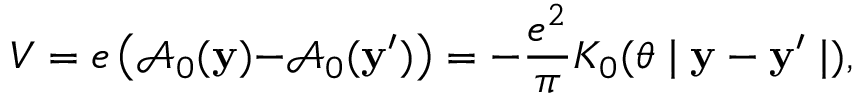
V = e \left( \mathcal { A } _ { 0 } ( \mathbf { y ) - } \mathcal { A } _ { 0 } ( \mathbf { y } ^ { \prime } ) \right) = - \frac { e ^ { 2 } } { \pi } K _ { 0 } ( \theta \mid \mathbf { y - y } ^ { \prime } \mid ) ,